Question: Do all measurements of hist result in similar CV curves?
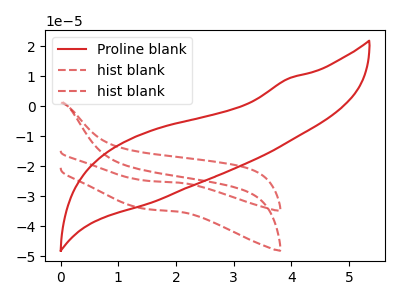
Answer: <think>The red curve "Proline blank" has no peaks. The red dashed curve "hist blank" has no peaks. The red dashed curve "hist blank" has no peaks.
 Neither "Proline blank" or "hist blank" have any peaks. Neither "Proline blank" or "hist blank" have any peaks. Neither "hist blank" or "hist blank" have any peaks.</think>
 <answer>All the CV's of "hist" have similar shape.</answer>
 <eval>follow_rule</eval>